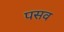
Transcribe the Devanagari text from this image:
पसव